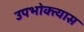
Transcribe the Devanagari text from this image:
उपभोक्त्यास